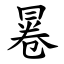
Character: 㒽